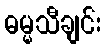
ဓမ္မသီချင်း